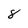
Character: 8